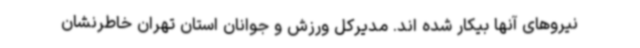
نیروهای آنها بیکار شده اند. مدیرکل ورزش و جوانان استان تهران خاطرنشان